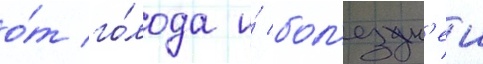
о́т го́лода и́ бол'езн'еи